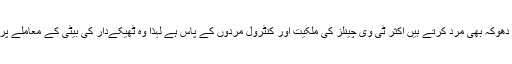
سینئر صحافی حامد میر نے کہا تھا کہ بیویوں کے ساتھ دھوکہ بھی مرد کرتے ہیں اور ناظرین کے ساتھ دھوکہ بھی مرد کرتے ہیں اکثر ٹی وی چینلز کی ملکیت اور کنٹرول مردوں کے پاس ہے لہذا وہ ٹھیکےدار کی بیٹی کے معاملے پر خاموشی اختیار کر لیتے ہیں اور اگر کوئی پاگل مرد تھوڑا سچ بول بھی دے تو اسے سنسر کر دیتے ہیں۔